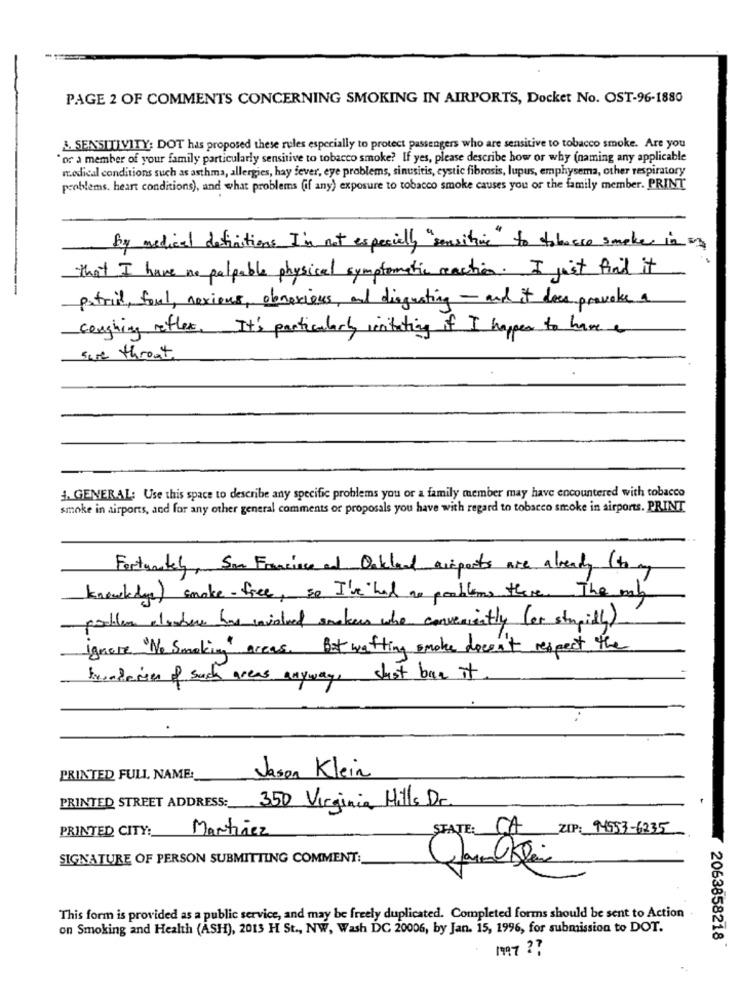
PAGE 2 OF COMMENTS CONCERNING SMOKING IN AIRPORTS, Docket No. OST-96-1880
&. SENSITIVITY: DOT has proposed these rules especially to protect passengers who are sensitive to tobacco smoke. Are you
or a member of your family particularly sensitive to tobacco smoke? If yes, please describe how or why (naming any applicable
medical conditions such as asthma, allergies, hay fever, eye problems, sinusitis, cystic fibrosis, lupus, emphysema, other respiratory
problems. heart conditions), and what problems (if any) exposure to tobacco smoke causes you or the family member. PRINT
by medical definitions I'm not especially "sensitive" to tobacco smoke in
that I have no palpable physical symptomatic reaction. I just find it
patril, foul, noxious, obnoxious, and disgusting - and it does provoke a
coughing reflex. It's particularly irritating if I happen to have a
sore throath
1. GENERAL: Use this space to describe any specific problems you or a family member may have encountered with tobacco
smoke in airports, and for any other general comments or proposals you have with regard to tobacco smoke in airports. PRINT
Fortunately, San Francisco and Oakland areports are already (40 my
knowledge) smoke- free, so I've had no problems there. The my
problem cluster has involved smokers who conveniently (or streitl).
ignore "No Smoking" areas. But wafting smoke docon't respect the
trenderies of such areas anyway, chost ban it
PRINTED FULL NAME:
Jason Klein
PRINTED STREET ADDRESS :_
350 Virginia Hills Dr.
PRINTED CITY: Martinez
STATE: CA
ZIP: 94953-6235
SIGNATURE OF PERSON SUBMITTING COMMENT:
This form is provided as a public service, and may be freely duplicated. Completed forms should be sent to Action
on Smoking and Health (ASH), 2013 H St ., NW, Wash DC 20006, by Jan. 15, 1996, for submission to DOT.
2063858218
1997 ??